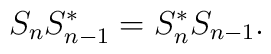
S_{n}S_{n-1}^{*}=S_{n}^{*}S_{n-1}.